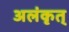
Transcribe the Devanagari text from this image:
अलंकृत्‌